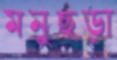
মনুছড়া